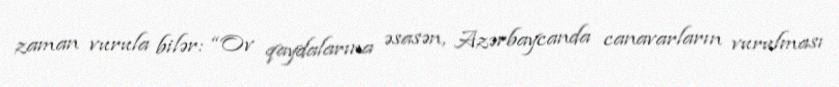
zaman vurula bilər: “Ov qaydalarına əsasən, Azərbaycanda canavarların vurulması